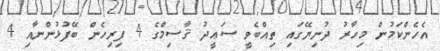
އެހެންކަމުން މިހާރު ދުނިޔޭގައި ތިއްބެވީ ސަޢީދު ޤާސިމްގެ 4 ފިރިހެން ބޭފުޅުންނާއި 4